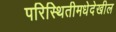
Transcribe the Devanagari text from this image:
परिस्थितीमधेदेखील